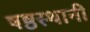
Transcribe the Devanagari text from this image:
षष्ठस्थानी